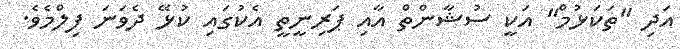
އަދި "ތަކަޅުމް" އަކީ ސުޝާންތް އާއި ޕަރިނީތީ އެކުގައި ކުޅޭ ދެވަނަ ފިލްމެވެ.